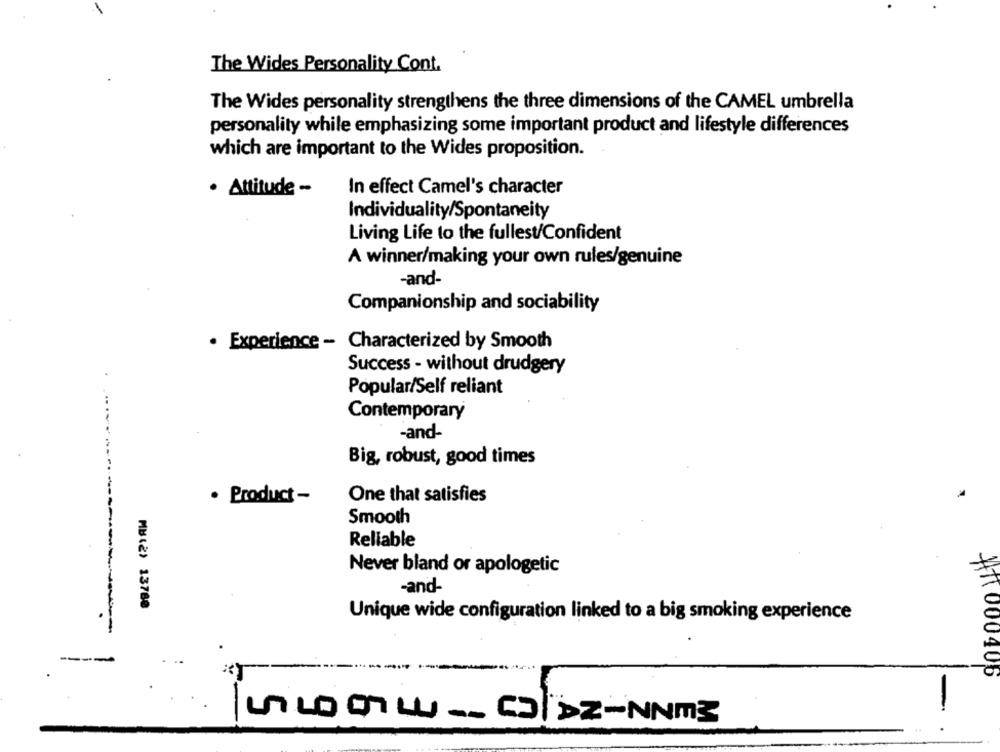
The Wides Personality Cont.
The Wides personality strengthens the three dimensions of the CAMEL umbrella
personality while emphasizing some important product and lifestyle differences
which are important to the Wides proposition.
· Attitude -
In effect Camel's character
Individuality/Spontaneity
Living Life to the fullest/Confident
A winner/making your own rules/genuine
-and-
Companionship and sociability
. Experience - Characterized by Smooth
Success - without drudgery
Popular/Self reliant
Contemporary
-and-
Big, robust, good times
· Product-
One that satisfies
Smooth
Reliable
Never bland or apologetic
-and-
MB(2) 13780
Unique wide configuration linked to a big smoking experience
----
11000406
-
LLOOLL __ GODZ-NNm3